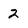
Character: 2